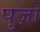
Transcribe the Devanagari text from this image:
पुज़ो